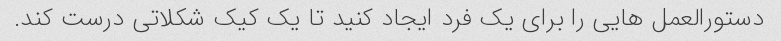
دستورالعمل هایی را برای یک فرد ایجاد کنید تا یک کیک شکلاتی درست کند.